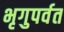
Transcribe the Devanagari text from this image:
भृगुपर्वत